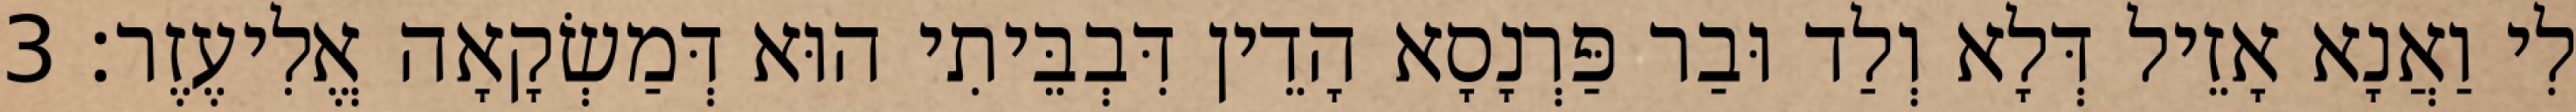
לִי וַאֲנָא אָזֵיל דְּלָא וְלַד וּבַר פַּרְנָסָא הָדֵין דִּבְבֵּיתִי הוּא דְּמַשְׂקָאָה אֱלִיעֶזֶר׃ 3